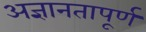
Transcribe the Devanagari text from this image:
अज्ञानतापूर्ण